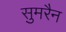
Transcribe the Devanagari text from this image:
सुमरैन